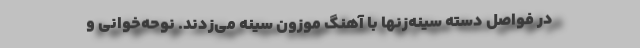
در فواصل دسته سینه‌زنها با آهنگ موزون سینه می‌زدند. نوحه‌خوانی و